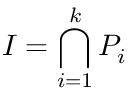
I = \bigcap _ { i = 1 } ^ { k } P _ { i }